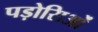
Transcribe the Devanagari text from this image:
पड़ोसिओं